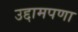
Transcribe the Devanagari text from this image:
उद्दामपणा